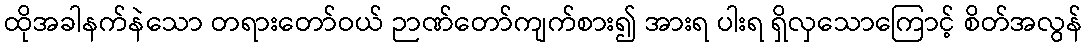
ထိုအခါနက်နဲသော တရားတော်ဝယ် ဉာဏ်တော်ကျက်စား၍ အားရ ပါးရ ရှိလှသောကြောင့် စိတ်အလွန်